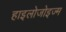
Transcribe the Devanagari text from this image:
हाइलोजोइज्म